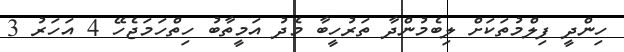
ހިންދީ ފިލްމުތަކަށް ލިބެމުންދާ ތަރުހީބާ މެދު އަމީތާބު ހިތްހަމަޖެހޭ 4 އަހަރު 3